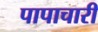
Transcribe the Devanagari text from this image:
पापाचारी